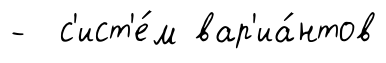
- с'ист'е́м вар'иа́нтов